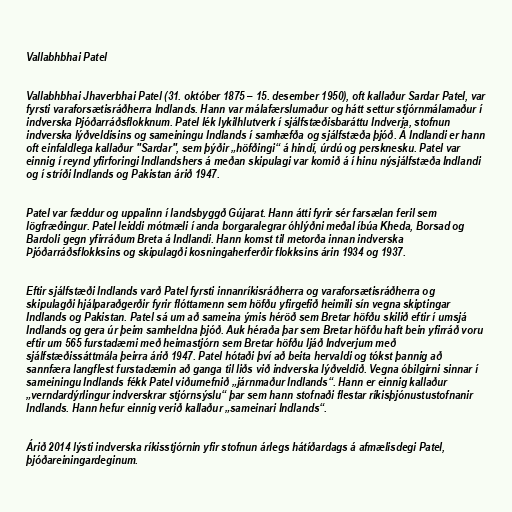
Vallabhbhai Patel

Vallabhbhai Jhaverbhai Patel (31. október 1875 – 15. desember 1950), oft kallaður Sardar Patel, var
fyrsti varaforsætisráðherra Indlands. Hann var málafærslumaður og hátt settur stjórnmálamaður í
indverska Þjóðarráðsflokknum. Patel lék lykilhlutverk í sjálfstæðisbaráttu Indverja, stofnun
indverska lýðveldisins og sameiningu Indlands í samhæfða og sjálfstæða þjóð. Á Indlandi er hann
oft einfaldlega kallaður "Sardar", sem þýðir „höfðingi“ á hindí, úrdú og persknesku. Patel var
einnig í reynd yfirforingi Indlandshers á meðan skipulagi var komið á í hinu nýsjálfstæða Indlandi
og í stríði Indlands og Pakistan árið 1947.

Patel var fæddur og uppalinn í landsbyggð Gújarat. Hann átti fyrir sér farsælan feril sem
lögfræðingur. Patel leiddi mótmæli í anda borgaralegrar óhlýðni meðal íbúa Kheda, Borsad og
Bardoli gegn yfirráðum Breta á Indlandi. Hann komst til metorða innan indverska
Þjóðarráðsflokksins og skipulagði kosningaherferðir flokksins árin 1934 og 1937.

Eftir sjálfstæði Indlands varð Patel fyrsti innanríkisráðherra og varaforsætisráðherra og
skipulagði hjálparaðgerðir fyrir flóttamenn sem höfðu yfirgefið heimili sín vegna skiptingar
Indlands og Pakistan. Patel sá um að sameina ýmis héröð sem Bretar höfðu skilið eftir í umsjá
Indlands og gera úr þeim samheldna þjóð. Auk héraða þar sem Bretar höfðu haft bein yfirráð voru
eftir um 565 furstadæmi með heimastjórn sem Bretar höfðu ljáð Indverjum með
sjálfstæðissáttmála þeirra árið 1947. Patel hótaði því að beita hervaldi og tókst þannig að
sannfæra langflest furstadæmin að ganga til liðs við indverska lýðveldið. Vegna óbilgirni sinnar í
sameiningu Indlands fékk Patel viðurnefnið „járnmaður Indlands“. Hann er einnig kallaður
„verndardýrlingur indverskrar stjórnsýslu“ þar sem hann stofnaði flestar ríkisþjónustustofnanir
Indlands. Hann hefur einnig verið kallaður „sameinari Indlands“.

Árið 2014 lýsti indverska ríkisstjórnin yfir stofnun árlegs hátíðardags á afmælisdegi Patel,
þjóðareiningardeginum.